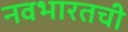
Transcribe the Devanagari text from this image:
नवभारतची